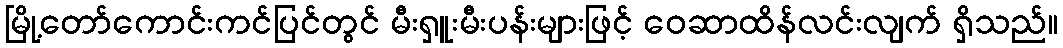
မြို့တော်ကောင်းကင်ပြင်တွင် မီးရှူးမီးပန်းများဖြင့် ဝေဆာထိန်လင်းလျက် ရှိသည်။